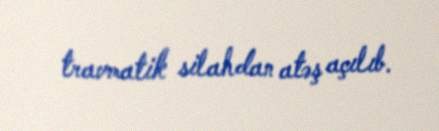
travmatik silahdan atəş açılıb.